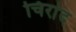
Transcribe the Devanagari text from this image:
चिरांद